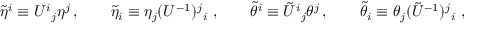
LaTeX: \widetilde { \eta } ^ { i } \equiv U ^ { i } { } _ { j } \eta ^ { j } \, , \qquad \widetilde { \eta } _ { i } \equiv \eta _ { j } ( U ^ { - 1 } ) ^ { j } { } _ { i } \ , \qquad \widetilde { \theta } ^ { i } \equiv \tilde { U } ^ { i } { } _ { j } \theta ^ { j } \, , \qquad \widetilde { \theta } _ { i } \equiv \theta _ { j } ( \tilde { U } ^ { - 1 } ) ^ { j } { } _ { i } \ ,